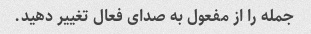
جمله را از مفعول به صدای فعال تغییر دهید.